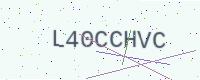
Text: L40CCHVC